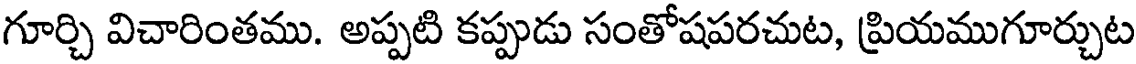
గూర్చి విచారింతము. అప్పటి కప్పుడు సంతోషపరచుట, ప్రియముగూర్చుట